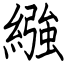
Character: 繦